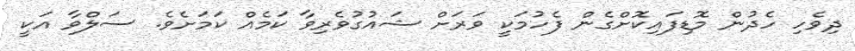
ދިވެހި ހެދުން މޮޑިފައިކޮށްގެން ފެހުމަކީ ވަރަށް ޝައުގުވެރިވާ ކަމެއް ކަަމަށެވެ. ސަލްވާ އަކީ